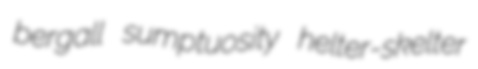
bergall sumptuosity helter-skelter